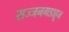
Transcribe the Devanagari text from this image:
सज्जनगडाहून